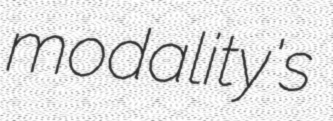
modality's